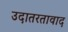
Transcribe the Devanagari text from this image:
उदातरतावाद